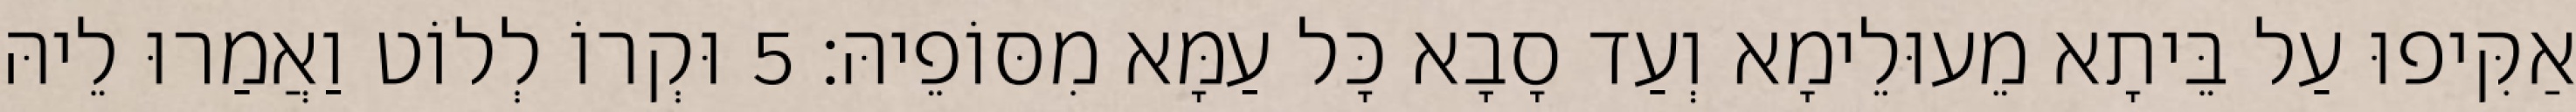
אַקִּיפוּ עַל בֵּיתָא מֵעוּלֵימָא וְעַד סָבָא כָּל עַמָּא מִסּוֹפֵיהּ׃ 5 וּקְרוֹ לְלוֹט וַאֲמַרוּ לֵיהּ